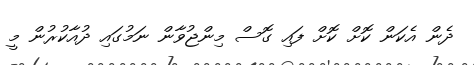
ދެން އެކަން ކޮށް ކޮށް ފައި ގޮސް މިންޖުވާން ނަމުގައި ދުއާކުރުން މީ